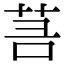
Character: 𦮑